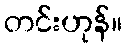
တင်းဟုန်။